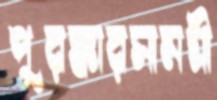
পুরস্কারসামগ্রী